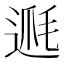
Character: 𨔅